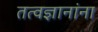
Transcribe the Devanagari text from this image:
तत्वज्ञानांना